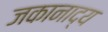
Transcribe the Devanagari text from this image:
जकानाद्य